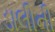
ડાલીની